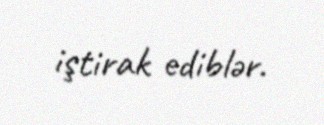
iştirak ediblər.